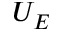
U _ { E }